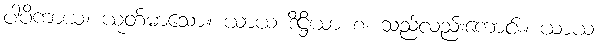
ပါပိကာယ၊ ယုတ်မာသော။ ယာယ ဒိဋ္ဌိယာ စ၊ သည်လည်းကောင်း။ ယာယ